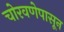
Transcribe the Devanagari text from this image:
चोरवणेपासून